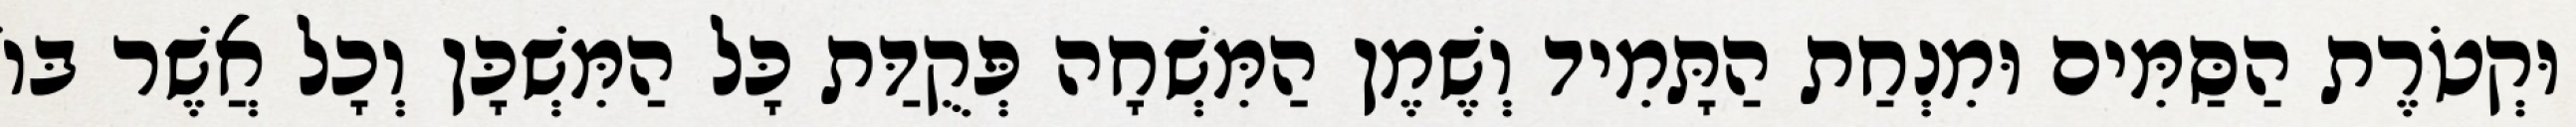
וּקְטֹרֶת הַסַּמִּים וּמִנְחַת הַתָּמִיד וְשֶׁמֶן הַמִּשְׁחָה פְּקֻדַּת כָּל הַמִּשְׁכָּן וְכָל אֲשֶׁר בּוֹ